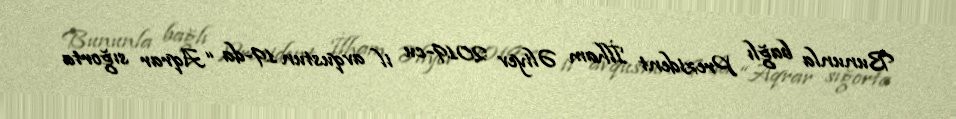
Bununla bağlı Prezident İlham Əliyev 2019-cu il avqustun 19-da “Aqrar sığorta